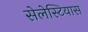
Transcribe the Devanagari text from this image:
सेलेस्टियास